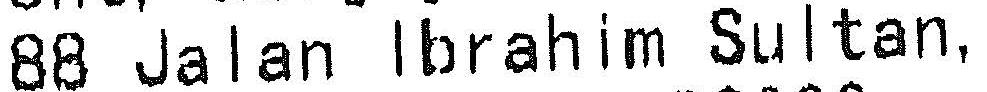
88 JALAN IBRAHIM SULTAN,